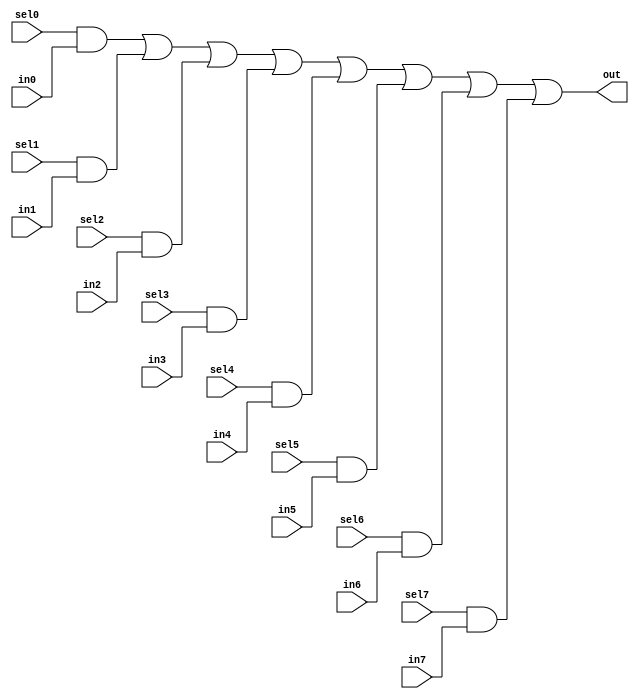
// This program was cloned from: https://github.com/aolofsson/oh
// License: MIT License

//#############################################################################
//# Function: 8:1 one hot mux                                                #
//#############################################################################
//# Author:   Andreas Olofsson                                                #
//# License:  MIT (see LICENSE file in OH! repository)                        #
//#############################################################################

module asic_dmux8 #(parameter PROP = "DEFAULT")   (
    input  sel7,
    input  sel6,
    input  sel5,
    input  sel4,
    input  sel3,
    input  sel2,
    input  sel1,
    input  sel0,
    input  in7,
    input  in6,
    input  in5,
    input  in4,
    input  in3,
    input  in2,
    input  in1,
    input  in0,
    output out
    );

   assign out = sel0 & in0 |
		sel1 & in1 |
		sel2 & in2 |
		sel3 & in3 |
		sel4 & in4 |
		sel5 & in5 |
		sel6 & in6 |
		sel7 & in7;

endmodule